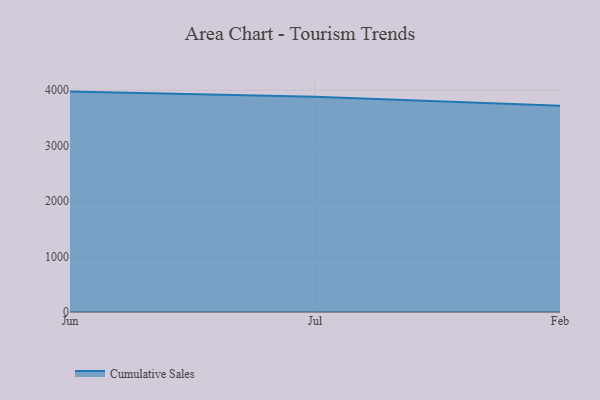
{"axis": {"x": "Month", "y": "Humidity (%)"}, "legend": ["Cumulative Sales"], "data": [{"x": "Jun", "y": 3973.3, "type": "Cumulative Sales"}, {"x": "Jul", "y": 3878.5, "type": "Cumulative Sales"}, {"x": "Feb", "y": 3716.6, "type": "Cumulative Sales"}]}